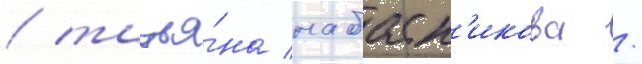
/ татья́на набатн'икова /